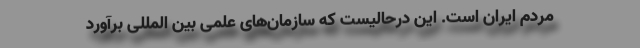
مردم ایران است. این درحالیست که سازمان‌های علمی بین المللی برآورد